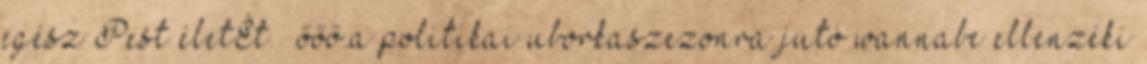
egész Pest életÉt.” őőő.a politikai uborkaszezonra jutó wannabe ellenzéki